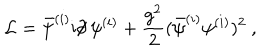
{ \cal L } = \bar { \psi } ^ { ( i ) } \mathrm { i } \partial \! \! \! / \, \psi ^ { ( i ) } + \frac { g ^ { 2 } } { 2 } ( \bar { \psi } ^ { ( i ) } \psi ^ { ( i ) } ) ^ { 2 } \ ,